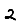
Digit: 2